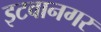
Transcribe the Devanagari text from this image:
इटवानगर